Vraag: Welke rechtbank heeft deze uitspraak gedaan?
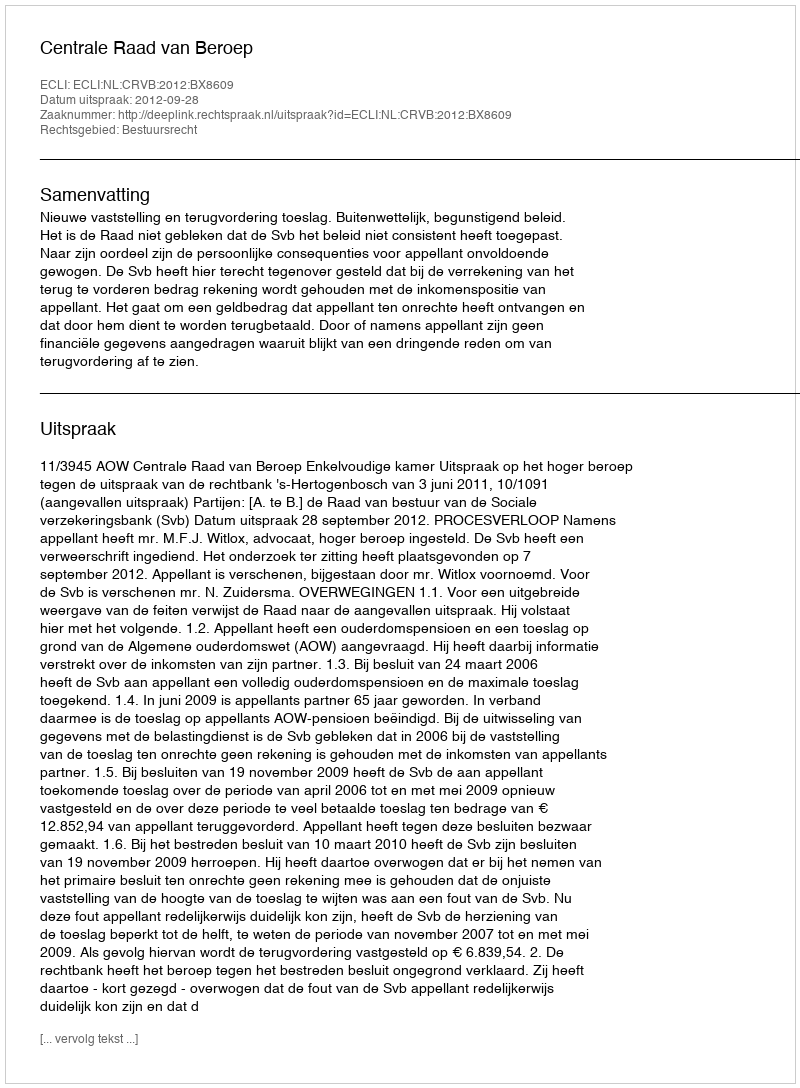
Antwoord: Centrale Raad van Beroep